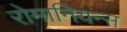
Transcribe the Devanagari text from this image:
रोमानियन्स